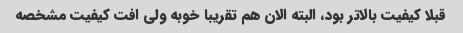
قبلا کیفیت بالاتر بود، البته الان هم تقریبا خوبه ولی افت کیفیت مشخصه